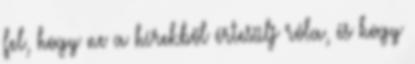
fel, hogy ne a hírekből értesülj róla, és hogy